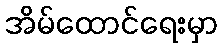
အိမ်ထောင်ရေးမှာ